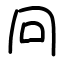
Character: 冋